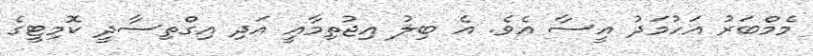
މެމްބަރު އަހުމަދު އީސާ އެވެ. އެ ބިލު އިޖުތިމާއީ އަދި އިގްތިސާދީ ކޮމިޓީގެ